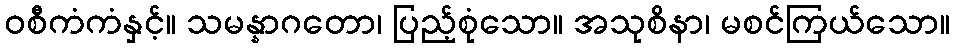
ဝစီကံကံနှင့်။ သမန္နာဂတော၊ ပြည့်စုံသော။ အသုစိနာ၊ မစင်ကြယ်သော။